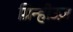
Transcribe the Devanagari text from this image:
ग्रिन्हीउज़